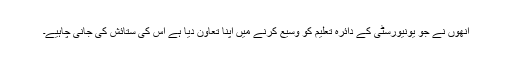
انھوں نے جو یونیورسٹی کے دائرۂ تعلیم کو وسیع کرنے میں اپنا تعاون دیا ہے اس کی ستائش کی جانی چاہیے۔